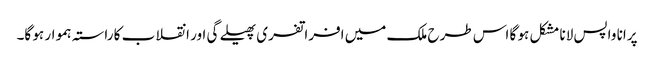
پرانا واپس لانا مشکل ہو گا اس طرح ملک میں افراتفری پھیلے گی اور انقلاب کا راستہ ہموار ہو گا۔